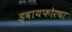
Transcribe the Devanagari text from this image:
ड्वायफोरचा